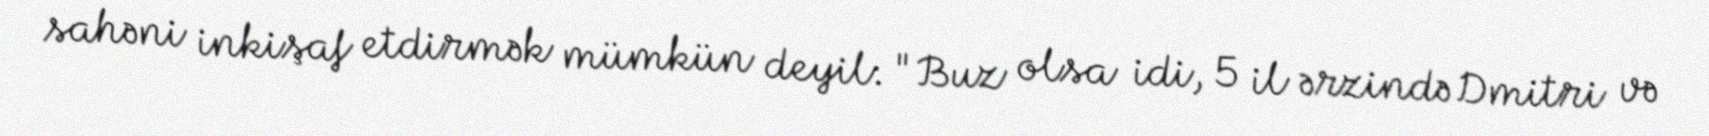
sahəni inkişaf etdirmək mümkün deyil: "Buz olsa idi, 5 il ərzində Dmitri və